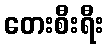
တေးစီးရီး